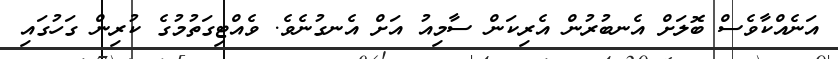
އަނެއްކާވެސް ބޮލަށް އެނބުރުން އެރިކަން ސާމިއު އަށް އެނގުނެވެ. ވެއްޓިގަތުމުގެ ކުރިން ގަހުގައި